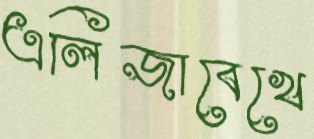
এলিজাবেখে